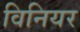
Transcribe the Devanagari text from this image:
विनियर